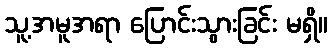
သူ့အမူအရာ ပြောင်းသွားခြင်း မရှိ။